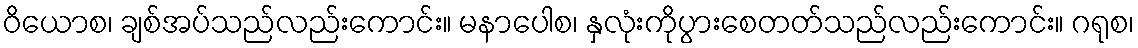
ဝိယောစ၊ ချစ်အပ်သည်လည်းကောင်း။ မနာပေါစ၊ နှလုံးကိုပွားစေတတ်သည်လည်းကောင်း။ ဂရုစ၊